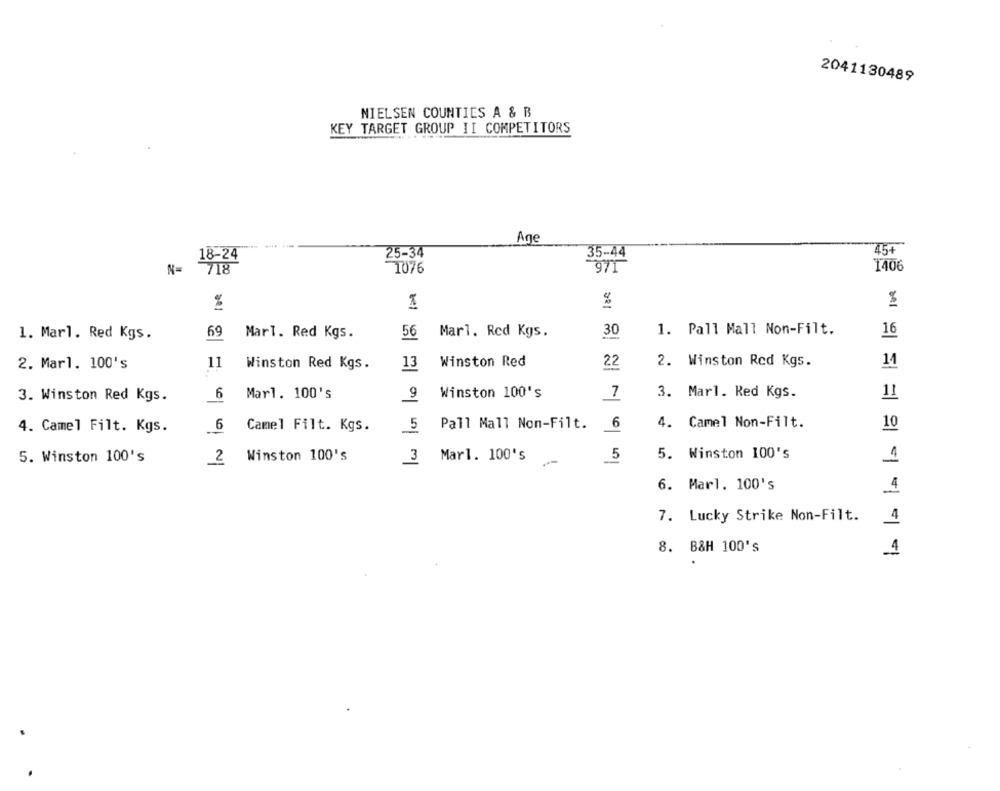
2041130489
NIELSEN COUNTIES A & B
KEY TARGET GROUP II COMPETITORS
Ane
18-24
25-34
35-44
45+
N=
718
971
1406
1076
%
ae]
1. Pall Mall Non-Filt.
16
1. Marl. Red Kgs.
69
Marl. Red Kgs.
56
Marl. Red Kgs.
11
Winston Red Kgs.
Winston Red
2. Winston Red Kgs.
14
2. Marl. 100's
13
6
Mar1. 100's
9
Winston 100's
7
3. Marl. Red Kgs.
11
3. Winston Red Kgs.
4. Camel Filt. Kgs.
6
Camel Filt. Kgs.
5
Pall Mall Non-Filt.
6
4. Camel Non-Filt.
10
5. Winston 100's
Winston 100's
3 Marl. 100's
5
5. Winston 100's
2
6. Marl. 100's
4
7. Lucky Strike Non-Filt.
4
8. B&H 100's
4